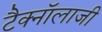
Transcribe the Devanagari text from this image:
टैक्नॉलाजी